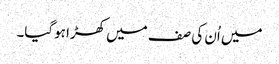
میں اُن کی صف میں کھڑا ہوگیا۔